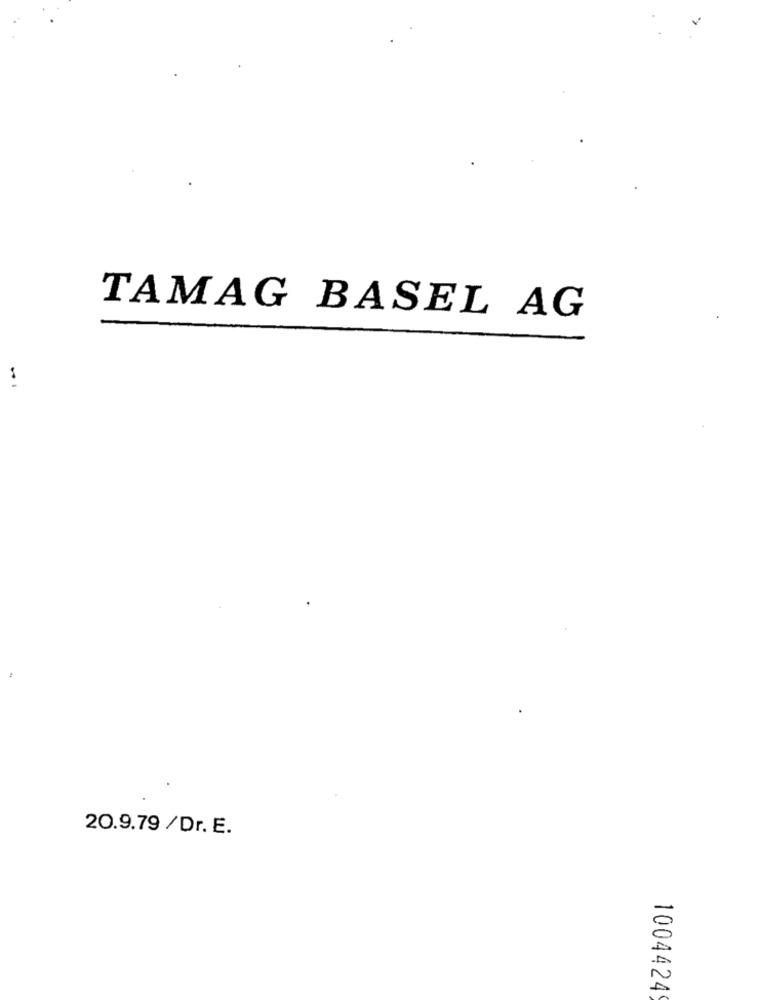
TAMAG BASEL AG
...
20.9.79 /Dr. E.
1004424